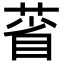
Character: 𦳗